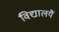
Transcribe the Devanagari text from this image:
विद्यालयैं